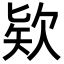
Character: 欵